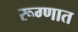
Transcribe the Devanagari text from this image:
रूग्णात